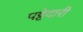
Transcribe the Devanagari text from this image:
पट्टेदारी